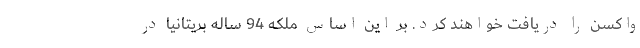
واکسن را دریافت خواهند کرد. بر این اساس ملکه 94 ساله بریتانیا در